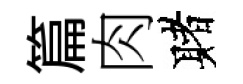
篇肉赌